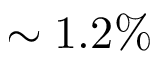
\sim 1 . 2 \%